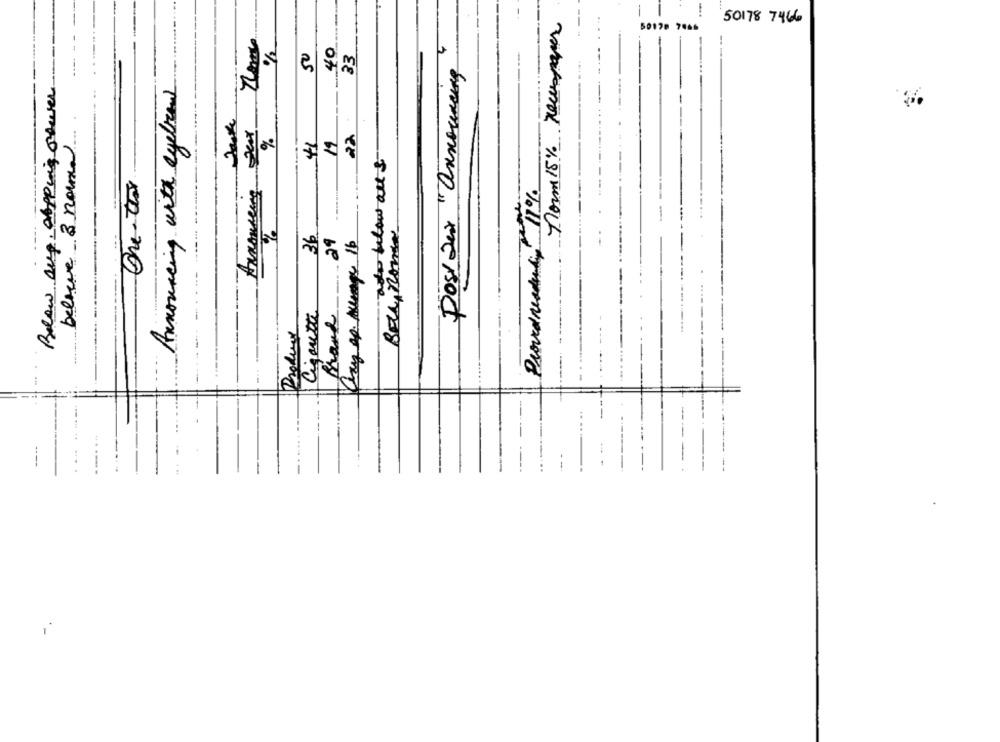
norm 15% necespaper
50178 7466
50178 7466
%
40
4
50
33
Post aux "Announcing
Announcing with eyebrow
%
19
belowve 3 norma
One- twee
Provedrendering 11%
BELL, ROMAN
36
-29
Cigarette
Brand
Product